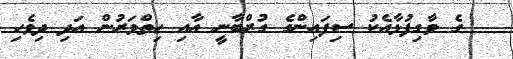
ގެ ވާގިފުޅާއެކު ސިފައިންގެ ގުރްބާނީ އާއި ހިތްވަރުން އަދި ދިވެހި